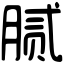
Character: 腻